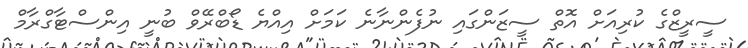
ސީރީޒްގެ ކުރިއަށް އޮތް ސީޒަންގައި ނުފެންނާނެ ކަމަށް އިއްޔެ ޑޯބްރޭވް ބުނީ އިންސްޓާގްރާމް